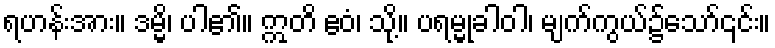
ရဟန်းအား။ ဒမ္မိ၊ ပါ၏။ ဣတိ ဧဝံ၊ သို့။ ပရမ္မုခါဝါ၊ မျက်ကွယ်၌သော်၎င်း။